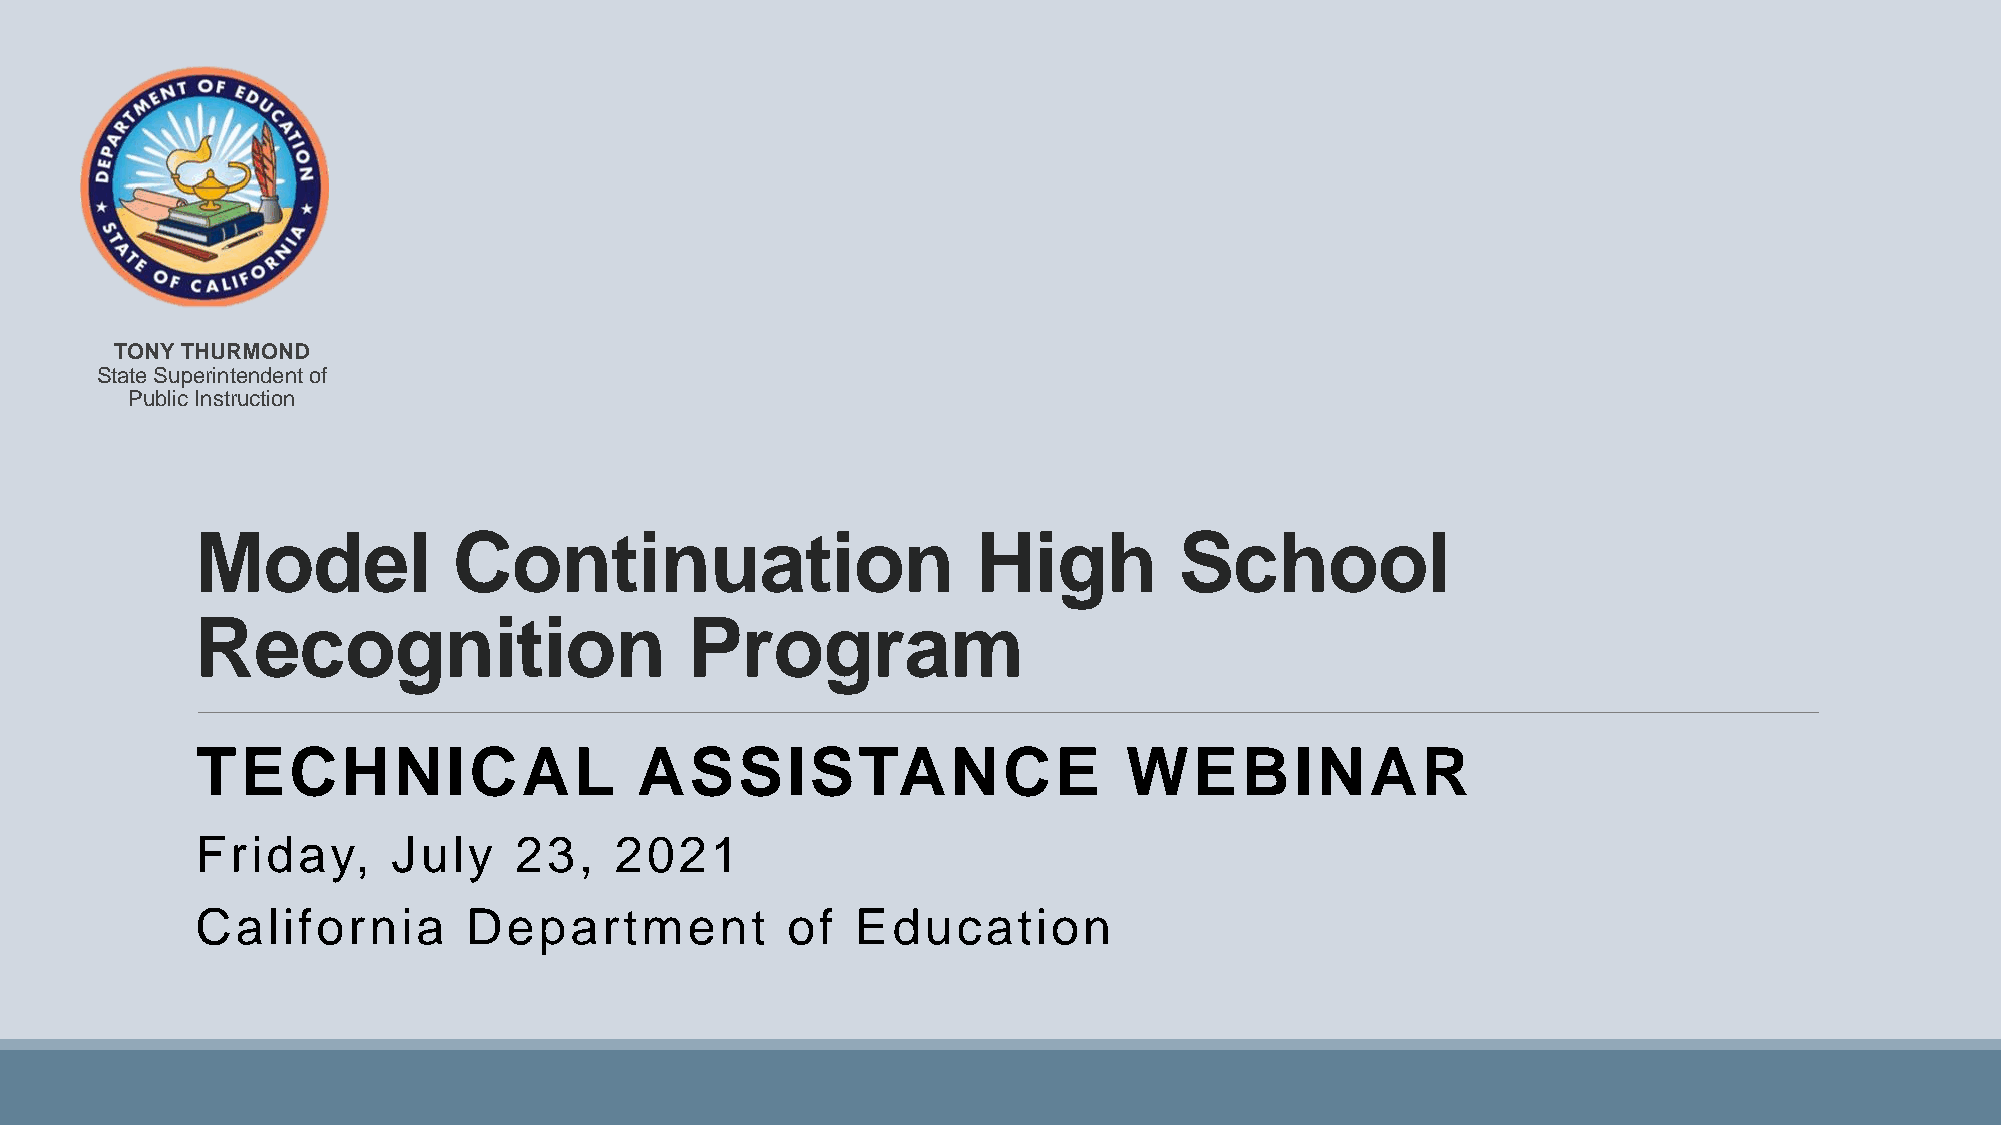
TONY THURMOND
 State Superintendent of
 Public Instruction
 Model            Continuation                       High         School
 Recognition                     Program
 TECHNICAL                    ASSISTANCE                       WEBINAR
 Friday,      July    23,    2021
 California        Department           of   Education